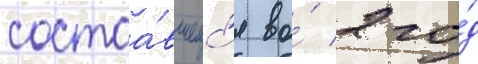
состоа́вшемс'я во́ 2 го́д